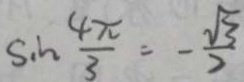
\sin \frac { 4 \pi } { 3 } = - \frac { \sqrt { 3 } } { 2 }